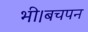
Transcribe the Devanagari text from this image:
भी।बचपन